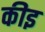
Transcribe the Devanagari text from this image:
कीइ